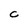
Character: C